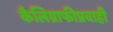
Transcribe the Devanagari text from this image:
कैलिग्राफीप्रवाही